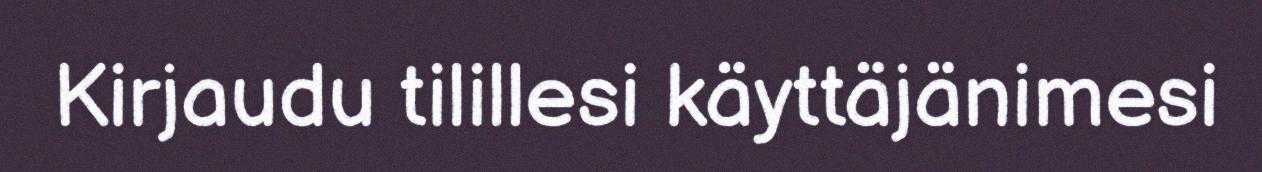
Kirjaudu tilillesi käyttäjänimesi